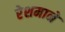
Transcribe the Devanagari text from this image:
रेशमाने